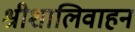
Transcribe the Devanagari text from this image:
श्रीशालिवाहन